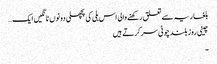
بلغاریہ سے تعلق رکھنے والی اس بلی کی پچھلی دونوں ٹانگیں ایک…
چینی روز بلند چوٹی سر کرتے ہیں
۔